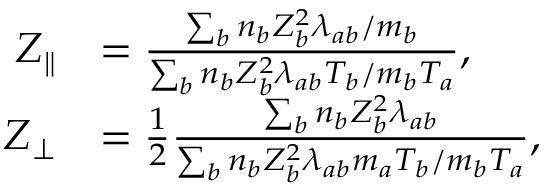
\begin{array} { r l } { Z _ { \parallel } } & { = \frac { \sum _ { b } n _ { b } Z _ { b } ^ { 2 } \lambda _ { a b } / m _ { b } } { \sum _ { b } n _ { b } Z _ { b } ^ { 2 } \lambda _ { a b } T _ { b } / m _ { b } T _ { a } } , } \\ { Z _ { \perp } } & { = \frac { 1 } { 2 } \frac { \sum _ { b } n _ { b } Z _ { b } ^ { 2 } \lambda _ { a b } } { \sum _ { b } n _ { b } Z _ { b } ^ { 2 } \lambda _ { a b } m _ { a } T _ { b } / m _ { b } T _ { a } } , } \end{array}